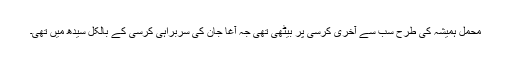
محمل ہمیشہ کی طرح سب سے آخری کرسی پر بیٹھی تھی جہ آغا جان کی سربراہی کرسی کے بالکل سیدھ میں تھی۔